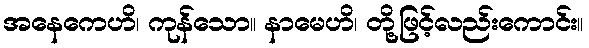
အနေကေဟိ၊ ကုန်သော။ နာမေဟိ၊ တို့ဖြင့်လည်းကောင်း။